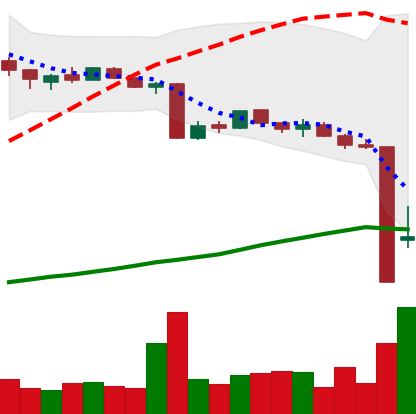
Ticker: BTC-USD
Chart end date: 2015-08-19
Forward return: -7.142%
Label: down_7plus